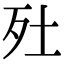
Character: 𣧅